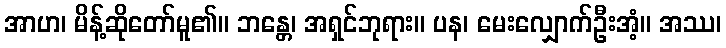
အာဟ၊ မိန့်ဆိုတော်မူ၏။ ဘန္တေ၊ အရှင်ဘုရား။ ပန၊ မေးလျှောက်ဦးအံ့။ အဿ၊